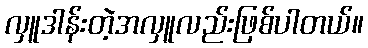
လှူဒါန်းတဲ့အလှူလည်းဖြစ်ပါတယ်။